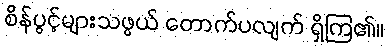
စိန်ပွင့်များသဖွယ် တောက်ပလျက် ရှိကြ၏။